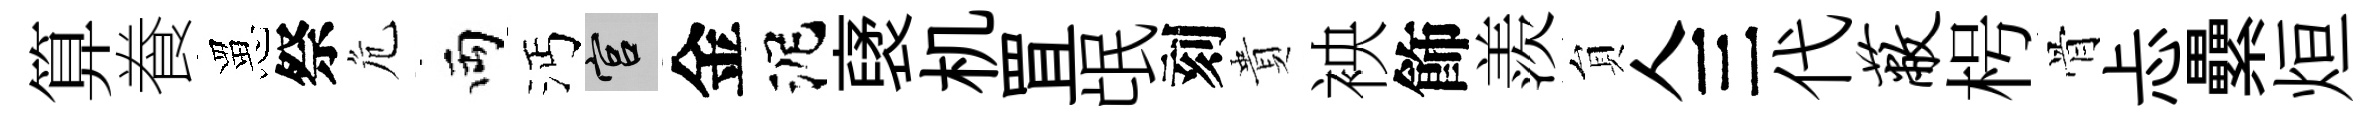
算飬罳祭危両沔宫金泥裦机罝氓刻貴䘧飾羨貟人三代蔽枵骨忐纍烜